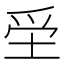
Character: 𡋧